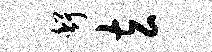
舒玄